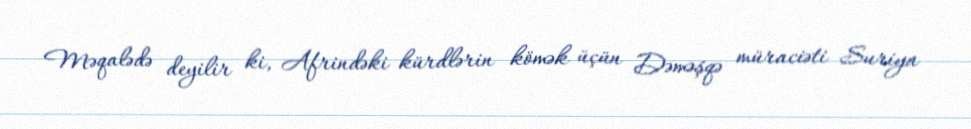
Məqalədə deyilir ki, Afrindəki kürdlərin kömək üçün Dəməşqə müraciəti Suriya